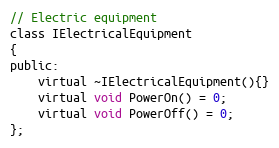
Language: C
// Electric equipment
class IElectricalEquipment
{
public:
    virtual ~IElectricalEquipment(){}
    virtual void PowerOn() = 0;
    virtual void PowerOff() = 0;
};